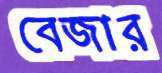
বেজার